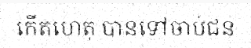
កើតហេតុ បានទៅចាប់ជន